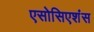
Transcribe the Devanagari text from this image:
एसोसिएशंस